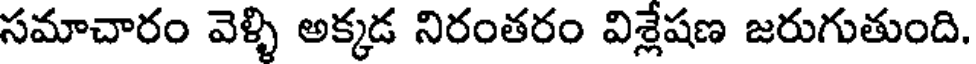
సమాచారం వెళ్ళి అక్కడ నిరంతరం విశ్లేషణ జరుగుతుంది.